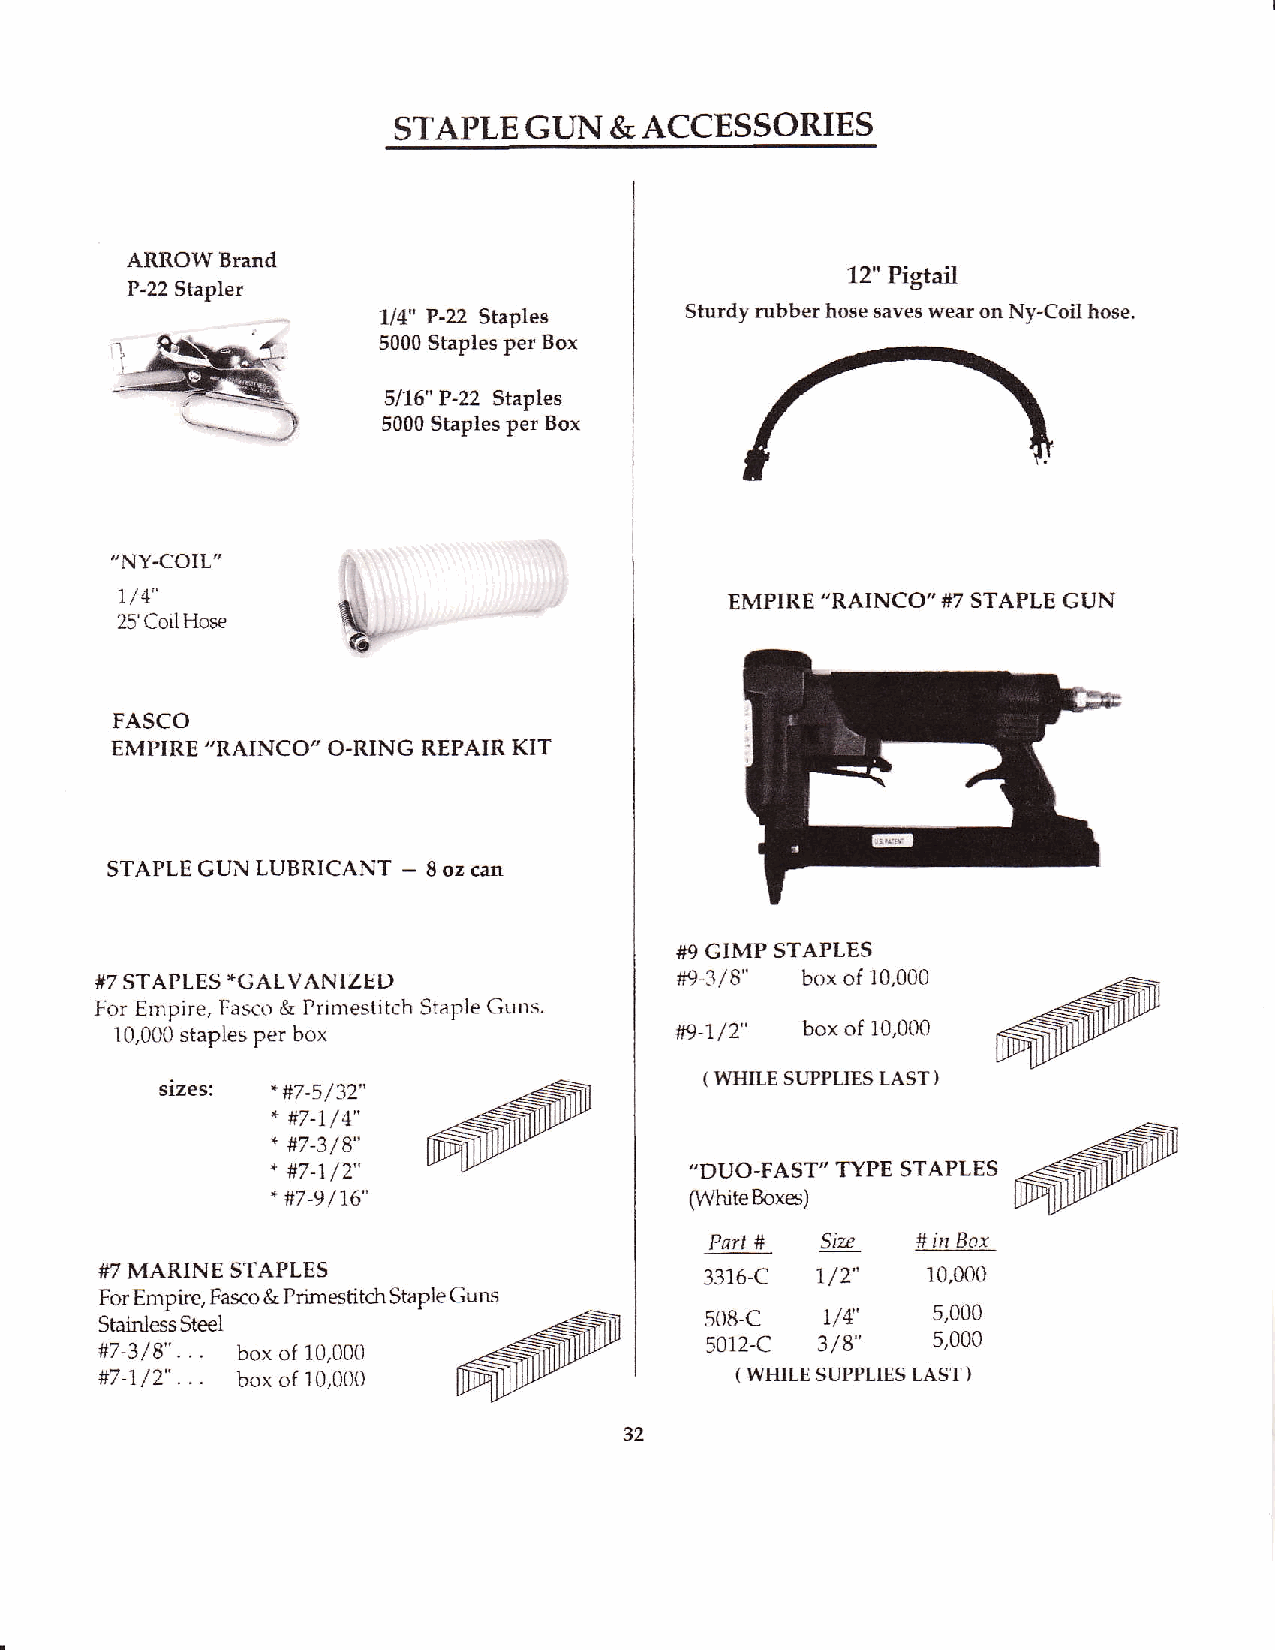
STAPLE   GL]N &  ACCESSORIES
 ARROW  Brand
 12" Pigtail
 P-22 Stapler
 1/4" P-22 Staples   Sturdy rubber hose saves wear on Ny-CoiI hose.
 5000 Staples per Box
 5/16" P-22 Staples
 5000 Staples per Box
 "NY.COIL"
 1/ 4"                                   EMPIRE "RAINCO" #7 STAPLE GUN
 25'CoilHose
 FASCO
 EMPIRE "RAINCO" O-RING REPAIR KIT
 STAPLE GUN LUBRICANT - 8 oz can
 #9 GIMP STAPLES
 #9'3/6"
 #7 STAPLES "GALVANIZED                         box of 10,000
 For Empire. Fasco & Primestitch Staple Gtrns.
 10,000 staples per box               #9-1/2" box of 10,000
 srzes: *#7-5/32"                    ( WHILE SUPPLIES LAST )
 + #7_1/4''
 .
 #7-3/8"
 .
 #7-1 /2"                   "DUO-FAST" TYPE STAPLES
 "#7-9/16"                   (White Boxes)
 #   Stu
 Par!          # irr Bor'
 #7 MARINE STAPLES                       3316-C 1./2"  '10.0(x)
 For Empire, Fasco & Primestitch Staple Guns s08-c
 7/4'   5,000
 Stair ess St€€l                                3/8"
 .                                 5012-C         s,000
 #7-3/8" .. box of 10,000
 #7-1/2"... box of 10,000                  ( WHILE SUPPLIES LAST )
 32